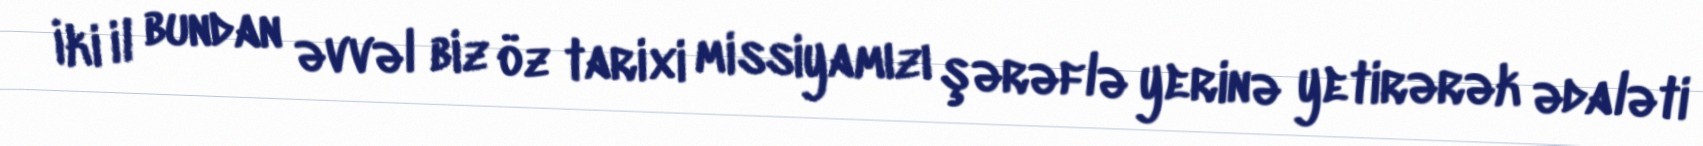
İki il bundan əvvəl biz öz tarixi missiyamızı şərəflə yerinə yetirərək ədaləti